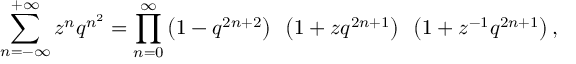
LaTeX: \sum _ { n = - \infty } ^ { + \infty } z ^ { n } q ^ { n ^ { 2 } } = \prod _ { n = 0 } ^ { \infty } \left( 1 - q ^ { 2 n + 2 } \right) ~ \left( 1 + z q ^ { 2 n + 1 } \right) ~ \left( 1 + z ^ { - 1 } q ^ { 2 n + 1 } \right) ,